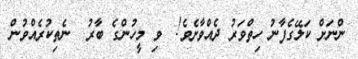
ންނަށް ކަލޭގެފާނު ހިތްވަރު ދެއްވާށެވެ!  ވި މީހުންގެ ބާރު  ނެތިކުރެއްވުން